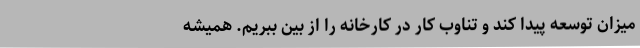
میزان توسعه پیدا کند و تناوب کار در کارخانه را از بین ببریم. همیشه